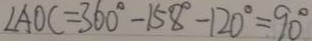
\angle A O C = 3 6 0 ^ { \circ } - 1 5 8 ^ { \circ } - 1 2 0 ^ { \circ } = 9 0 ^ { \circ }